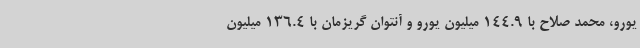
یورو، محمد صلاح با 144.9 میلیون یورو و آنتوان گریزمان با 136.4 میلیون